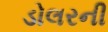
ડોલરની